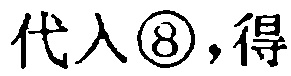
代入\textcircled{8},得